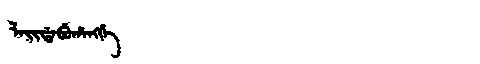
Manchu: ᠯᠠᡳᡩᠠᠪᡠᡥᠠᠩᡤᡝ
Romanization: LAIDABUHANGGE